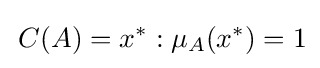
\,C(A)=x^{*}:\mu _{A}(x^{*})=1